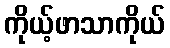
ကိုယ့်ဖာသာကိုယ်